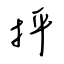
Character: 抨